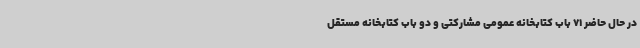
در حال حاضر 71 باب کتابخانه عمومی مشارکتی و دو باب کتابخانه مستقل